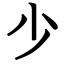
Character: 少